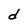
Character: d